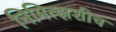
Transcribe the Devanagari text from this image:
निमित्झशीच